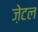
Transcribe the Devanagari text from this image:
ज़ेटल